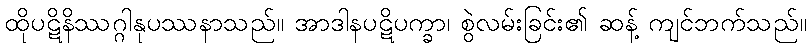
ထိုပဋိနိဿဂ္ဂါနုပဿနာသည်။ အာဒါနပဋိပက္ခာ၊ စွဲလမ်းခြင်း၏ ဆန့် ကျင်ဘက်သည်။